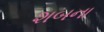
શબના